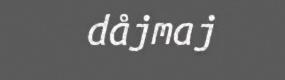
dåjmaj